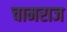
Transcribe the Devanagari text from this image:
चामराज